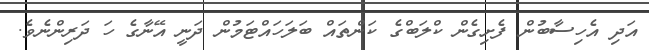
އަދި އެހިސާބުން ފެށިގެން ކްލަބްގެ ކަންތައް ބަލަހައްޓަމުން ދަނީ އޭނާގެ ހަ ދަރިންނެވެ.